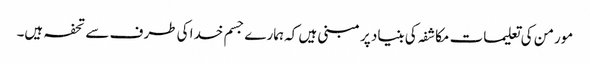
مورمن کی تعلیمات مکاشفہ کی بنیاد پر مبنی ہیں کہ ہمارے جسم خدا کی طرف سے تحفہ ہیں۔